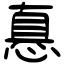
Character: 㥲